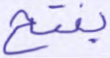
يفتح